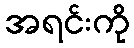
အရင်းကို